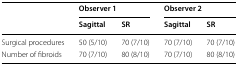
<table><thead><tr><td rowspan="2"></td><td colspan="2"><b>Observer 1</b></td><td colspan="2"><b>Observer 2</b></td></tr><tr><td><b>Sagittal</b></td><td><b>SR</b></td><td><b>Sagittal</b></td><td><b>SR</b></td></tr></thead><tbody><tr><td>Surgical procedures</td><td>50 (5/10)</td><td>70 (7/10)</td><td>70 (7/10)</td><td>70 (7/10)</td></tr><tr><td>Number of fibroids</td><td>70 (7/10)</td><td>80 (8/10)</td><td>70 (7/10)</td><td>80 (8/10)</td></tr></tbody></table>